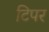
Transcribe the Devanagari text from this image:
टिपर